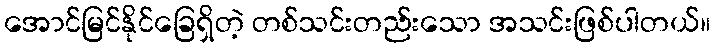
အောင်မြင်နိုင်ခြေရှိတဲ့ တစ်သင်းတည်းသော အသင်းဖြစ်ပါတယ်။